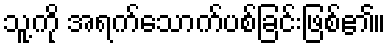
သူ့ကို အရက်သောက်ပစ်ခြင်းဖြစ်၏။